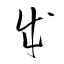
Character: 成